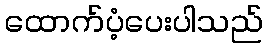
ထောက်ပံ့ပေးပါသည်